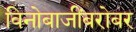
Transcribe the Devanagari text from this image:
विनोबाजींबरोबर